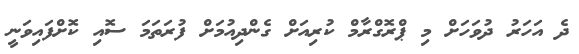
ދެ އަހަރު ދުވަހަށް މި ޕްރޮގްރާމް ކުރިއަށް ގެންދިއުމަށް ފުރަތަމަ ސޮއި ކޮށްފައިވަނީ